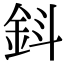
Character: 𨥪